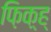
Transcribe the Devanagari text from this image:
फ़िक़्ह्